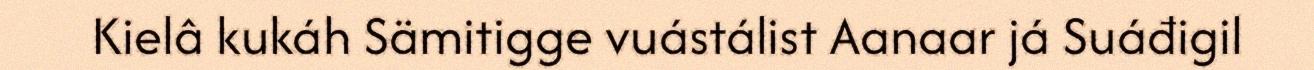
Kielâ kukáh Sämitigge vuástálist Aanaar já Suáđigil